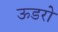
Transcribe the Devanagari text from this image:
ऊडरो